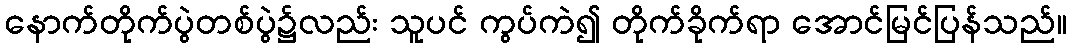
နောက်တိုက်ပွဲတစ်ပွဲ၌လည်း သူပင် ကွပ်ကဲ၍ တိုက်ခိုက်ရာ အောင်မြင်ပြန်သည်။